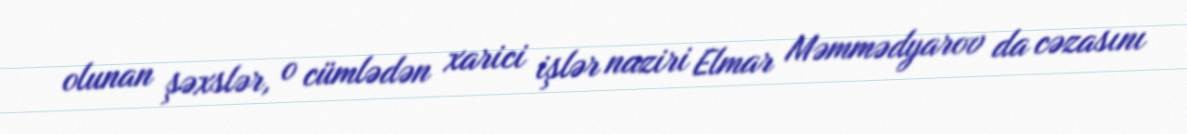
olunan şəxslər, o cümlədən xarici işlər naziri Elmar Məmmədyarov da cəzasını